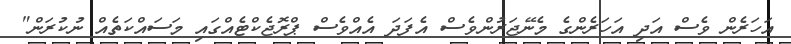
އަހަރެން ވެސް އަދި އަހަރެންގެ މެނޭޖަރުންވެސް އެފަދަ އެއްވެސް ޕްރޮޖެކްޓެއްގައި މަސައްކަތެއް ނުކުރަން"